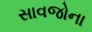
સાવજોના